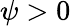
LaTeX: \psi>0